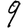
Digit: 9